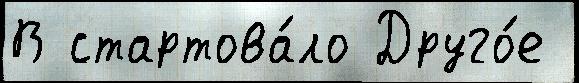
В стартова́ло Друго́е